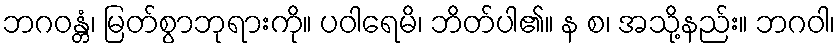
ဘဂဝန္တံ၊ မြတ်စွာဘုရားကို။ ပဝါရေမိ၊ ဘိတ်ပါ၏။ န စ၊ အသို့နည်း။ ဘဂဝါ၊